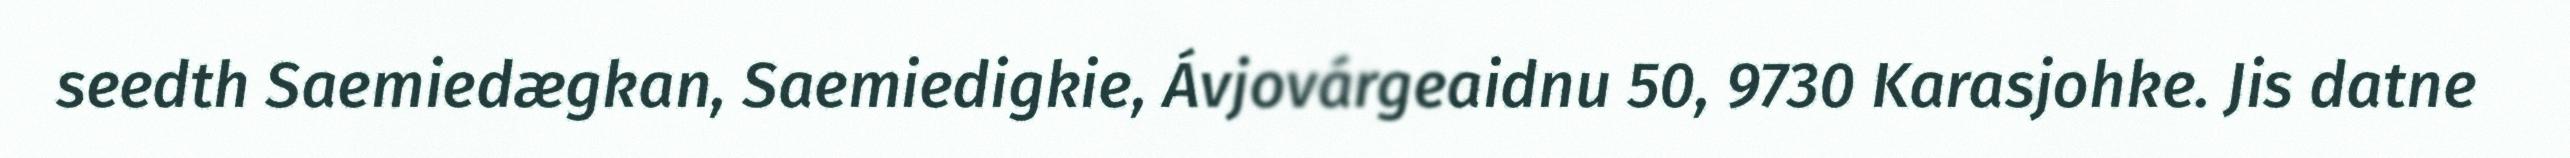
seedth Saemiedægkan, Saemiedigkie, Ávjovárgeaidnu 50, 9730 Karasjohke. Jis datne